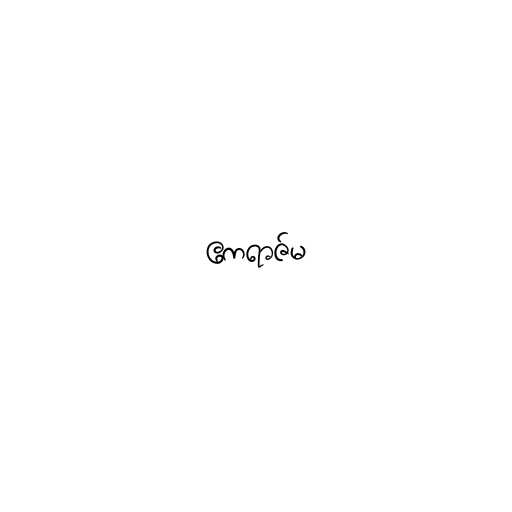
ဧကရာဇ်မ